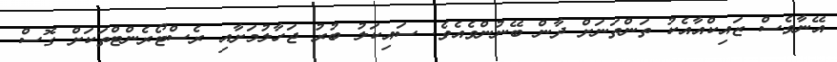
އޭނާވެސް ޒައިކްއާއެކު ތަންތަނަށް ދާން ބޭނުންވެއެވެ. ސައިކަލު ބުރު ޖަހާލުމަށާއި ރެސްޓޯރެންޓްތަކަށް ގޮސް